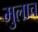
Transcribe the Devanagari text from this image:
मुलाच